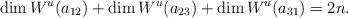
LaTeX: \begin{align*}\dim W^u(a_{12})+\dim W^u(a_{23})+\dim W^u(a_{31})=2n.\end{align*}